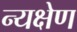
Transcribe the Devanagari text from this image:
न्यक्षेण